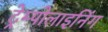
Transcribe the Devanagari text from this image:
ट्रेम्पोलाइनिंग